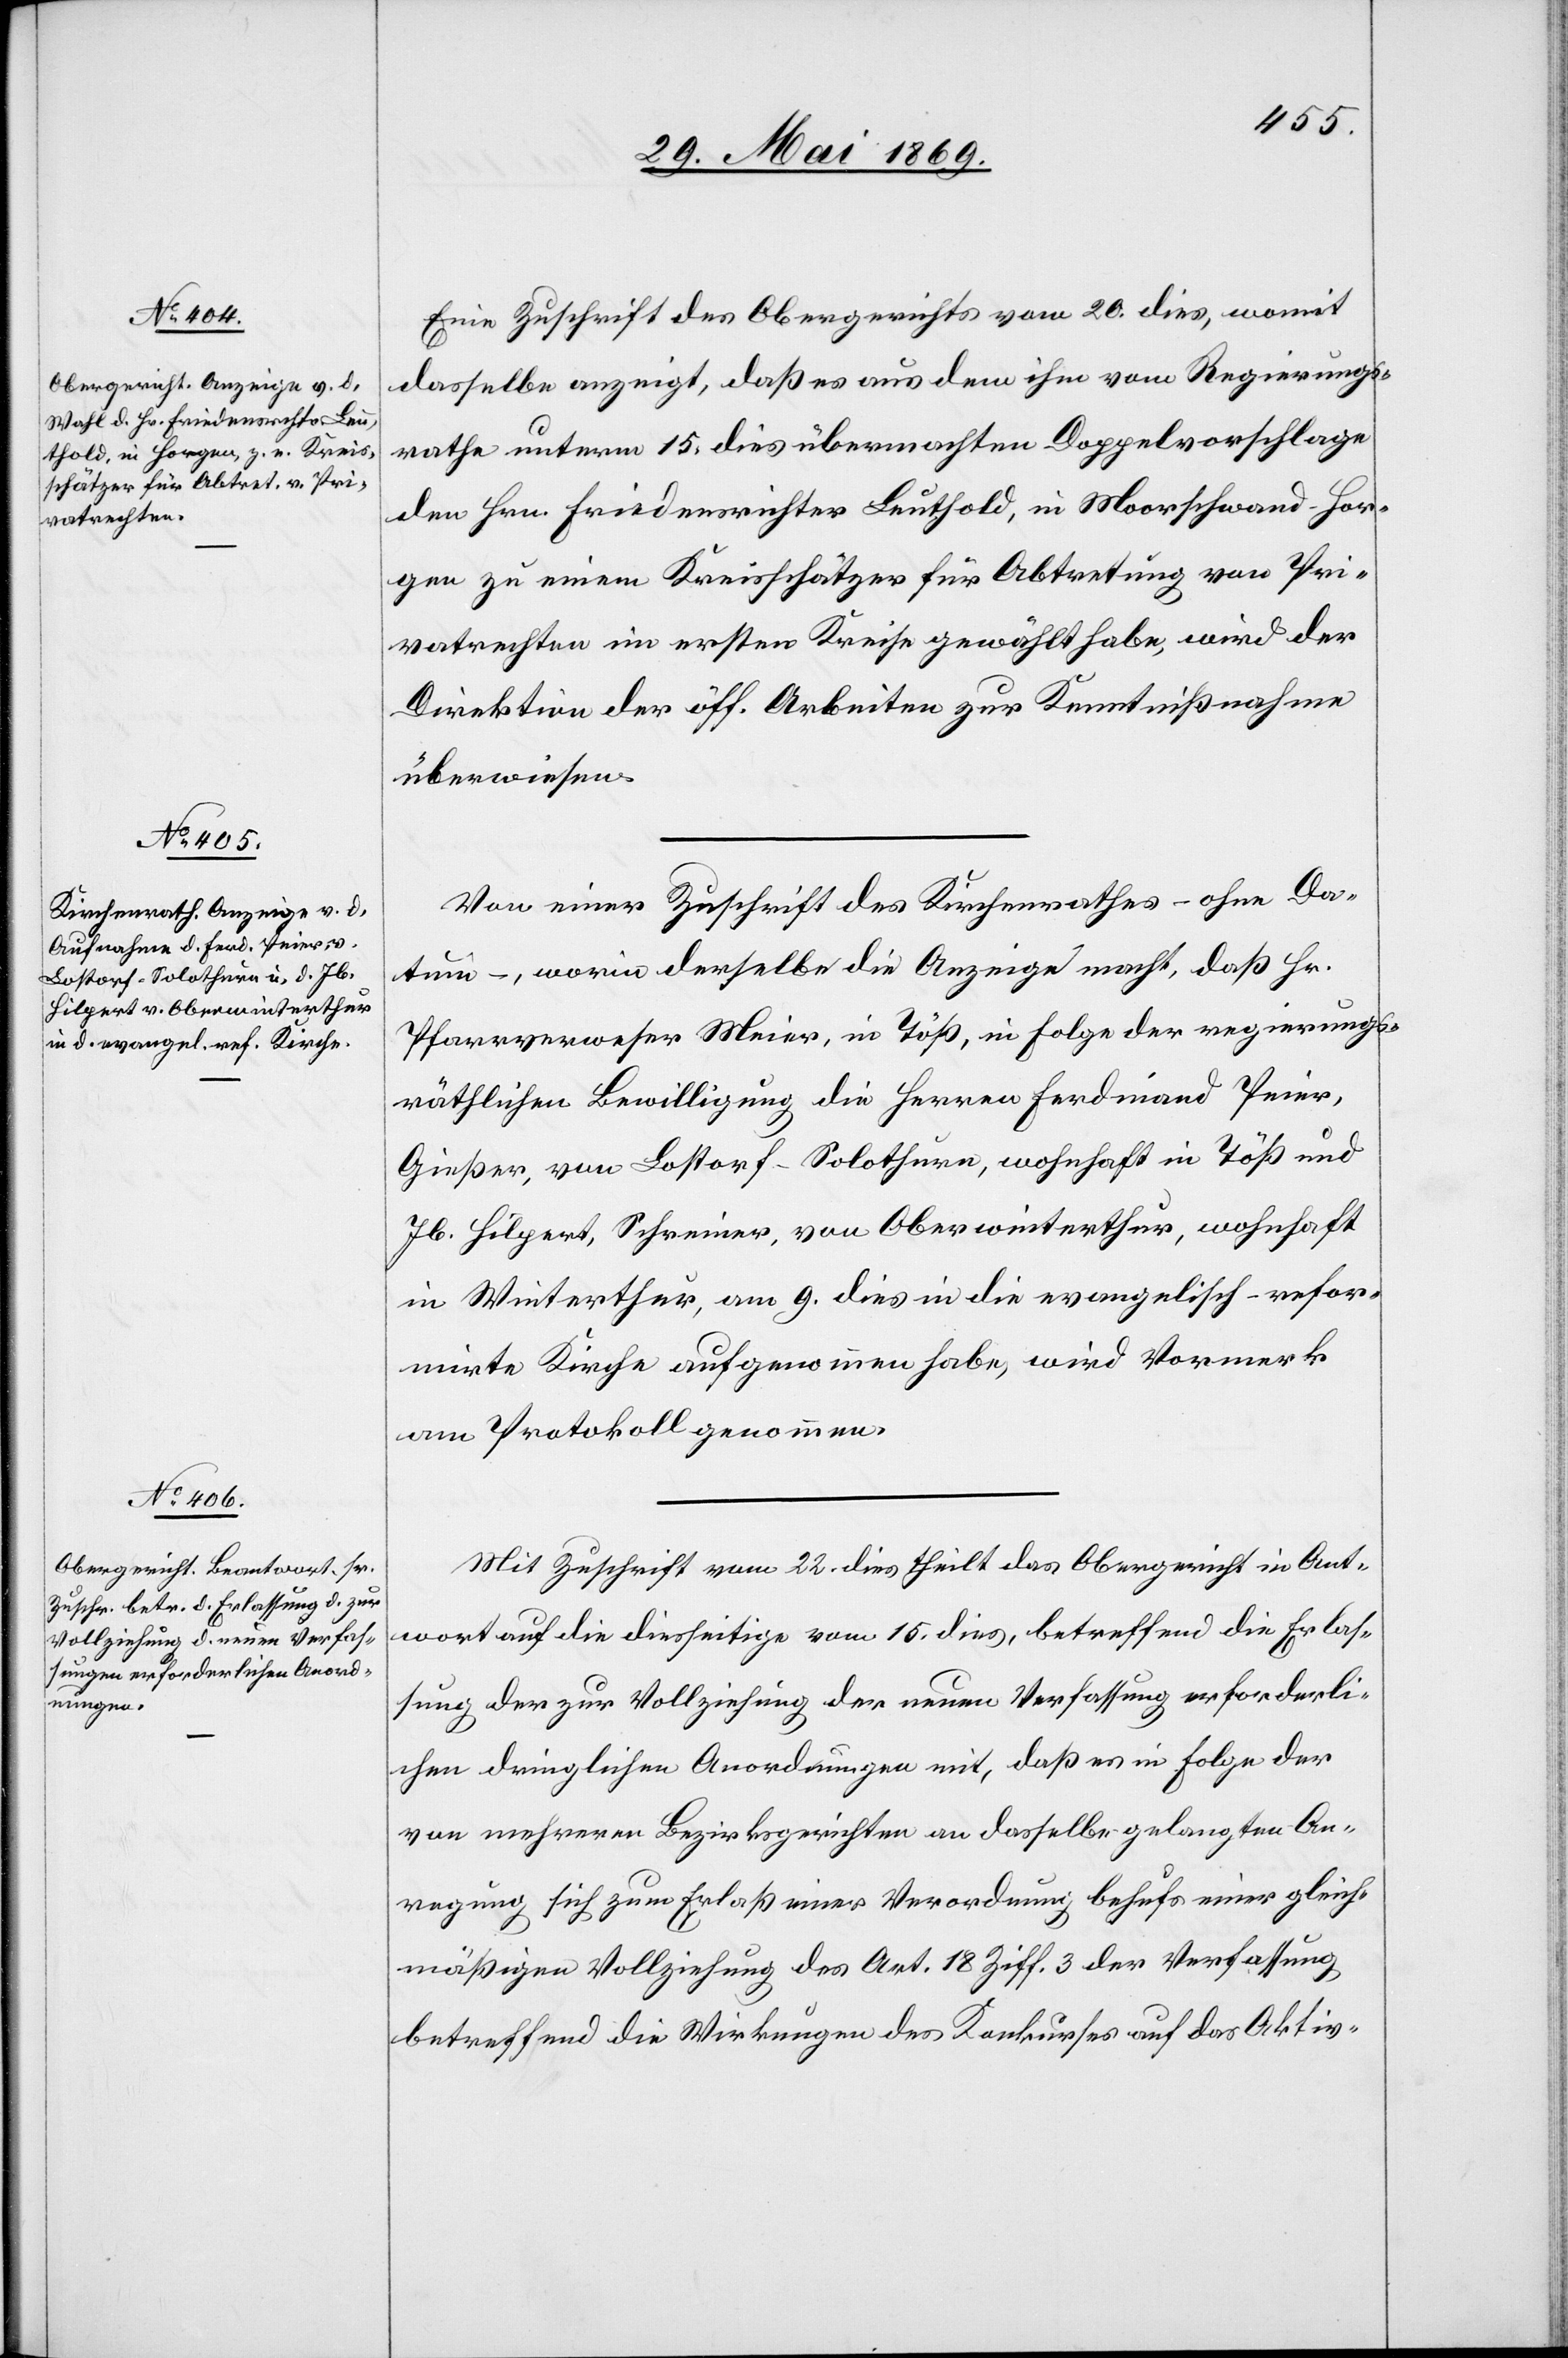
Eine Zuschrift des Obergerichtes vom 20 dies, womit
dasselbe anzeigt, daß es aus dem ihm vom Regierungs¬
rathe unterm 15 dies übermachten Doppelvorschlage
den Hrn. Friedensrichter Leuthold, im Moorschwand Hor¬
gen zu einem Kreisschätzer für Abtretung von Pri¬
vatrechten im ersten Kreise gewählt habe, wird der
Direktion der öff. Arbeiten zur Kenntnißnahme
überwiesen.
Von einer Zuschrift des Kirchenrathes – ohne Da¬
tum –, worin derselbe die Anzeige macht, daß Hr.
Pfarrverweser Meier, in Töß, in Folge der regierungs¬
räthlichen Bewilligung die Herren Ferdinand Peier,
Gießer, von Lostorf-Solothurn, wohnhaft in Töß und
Jb. Hilpert, Schreiner von Oberwinterthur, wohnhaft
in Winterthur, am 9 dies in die evangelisch-refor¬
mirte Kirche aufgenommen habe, wird Vormerk
am Protokoll genommen.
Mit Zuschrift vom 22 dies theilt das Obergericht in Ant¬
wort auf die diesseitige vom 15 dies, betreffend die Erlas¬
sung der zur Vollziehung der neuen Verfassung erforderli¬
chen dringlichen Anordnungen mit, daß es in Folge der
von mehreren Bezirksgerichten an dasselbe gelangten An¬
regung sich zum Erlaß einer Verordnung behufs einer gleich¬
mäßigen Vollziehung des Art. 18 Ziff. 3 der Verfassung
betreffend die Wirkungen des Konkurses auf das Aktiv-